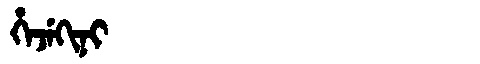
Manchu: ᡥᡝᠵᡝᡴᡳᠨᡳ
Romanization: HEJEKINI